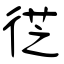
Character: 徔